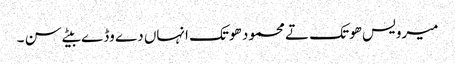
میرویس ھوتک تے محمود ھوتک انہاں دے وڈے بیٹے سن ۔